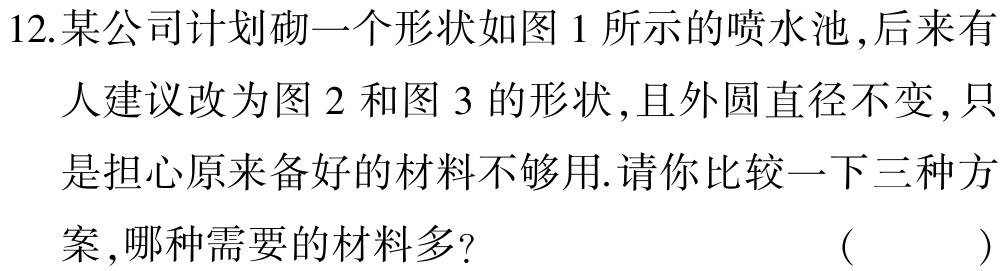
12.某公司计划砌一个形状如图 1 所示的喷水池 ,后来有人建议改为图 2 和图 3 的形状,且外圆直径不变 ,只是担心原来备好的材料不够用.请你比较一下三种方案 ,哪种需要的材料多? （  ）